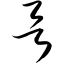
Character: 欲